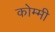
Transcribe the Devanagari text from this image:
कोम्मी